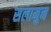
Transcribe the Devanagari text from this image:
सलामुन